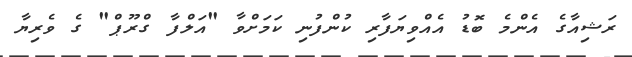
ރަޝިއާގެ އެންމެ ބޮޑު އެއްވިޔަފާރި ކުންފުނި ކަމަށްވާ "އަލްފާ ގްރޫޕް" ގެ ވެރިޔާ